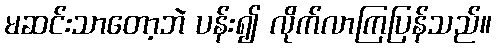
မဆင်းသာတော့ဘဲ ပန်း၍ လိုက်လာကြပြန်သည်။